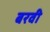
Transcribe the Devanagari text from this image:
बरवी